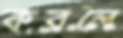
করলে